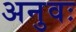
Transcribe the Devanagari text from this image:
अनुवः